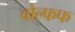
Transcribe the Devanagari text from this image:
वोल्फफ